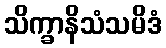
သိက္ခာနိသံသမိဒံ